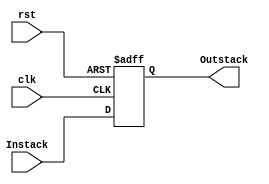
// Stack Pointer
module stackP(rst, clk, Instack,Outstack);
  input rst;
  input clk;
  input wire [7:0] Instack;
  output [7:0] Outstack;
  
  reg[7:0] stack_mem[1:0];
  
  always@(posedge clk or posedge rst)
    begin 
  if(rst == 1)
        stack_mem[1] <= 8'b0;
    else 
        stack_mem[1] <= Instack;
end
  
  assign Outstack = stack_mem[1];
endmodule
//Este es el bueno